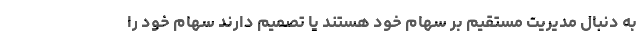
به دنبال مدیریت مستقیم بر سهام خود هستند یا تصمیم دارند سهام خود را